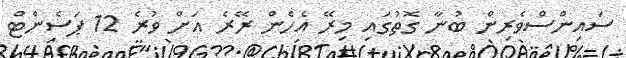
ސައިންސްވެރިން ބުނާ ގޮތުގައި މިރޭ އެހެން ރޭރެ އަށް ވުރެ 12 ޕަސެންޓް